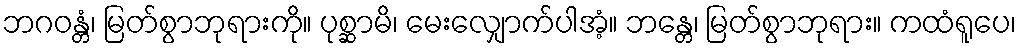
ဘဂဝန္တံ၊ မြတ်စွာဘုရားကို။ ပုစ္ဆာမိ၊ မေးလျှောက်ပါအံ့။ ဘန္တေ၊ မြတ်စွာဘုရား။ ကထံရူပေ၊